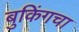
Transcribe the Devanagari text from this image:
बुकिंगचा